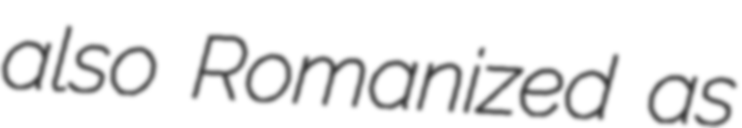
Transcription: also Romanized as